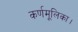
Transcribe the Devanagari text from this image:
कर्णमूलिका।